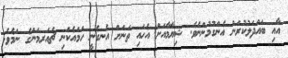
އާއި ބައްދަލުކުރަން އެންގުމުންނެވެ. ޝިޔާމާއަށް އެހައި ތަނަށް އެނގެނީ ހަމައެކަނި ޗެއަރމަންގެ ނަމެވެ.